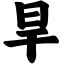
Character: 旱